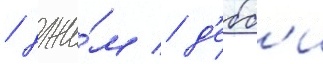
/ джи́м / д'ебб'и